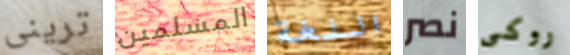
ترينى المسلمين اللغة نصر روكى